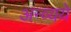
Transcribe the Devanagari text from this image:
अन्व्यये